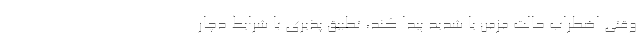
وقتی اضطراب حالت مزمن یا شدید پیدا کند، تطبیق پذیری با شرایط دچار